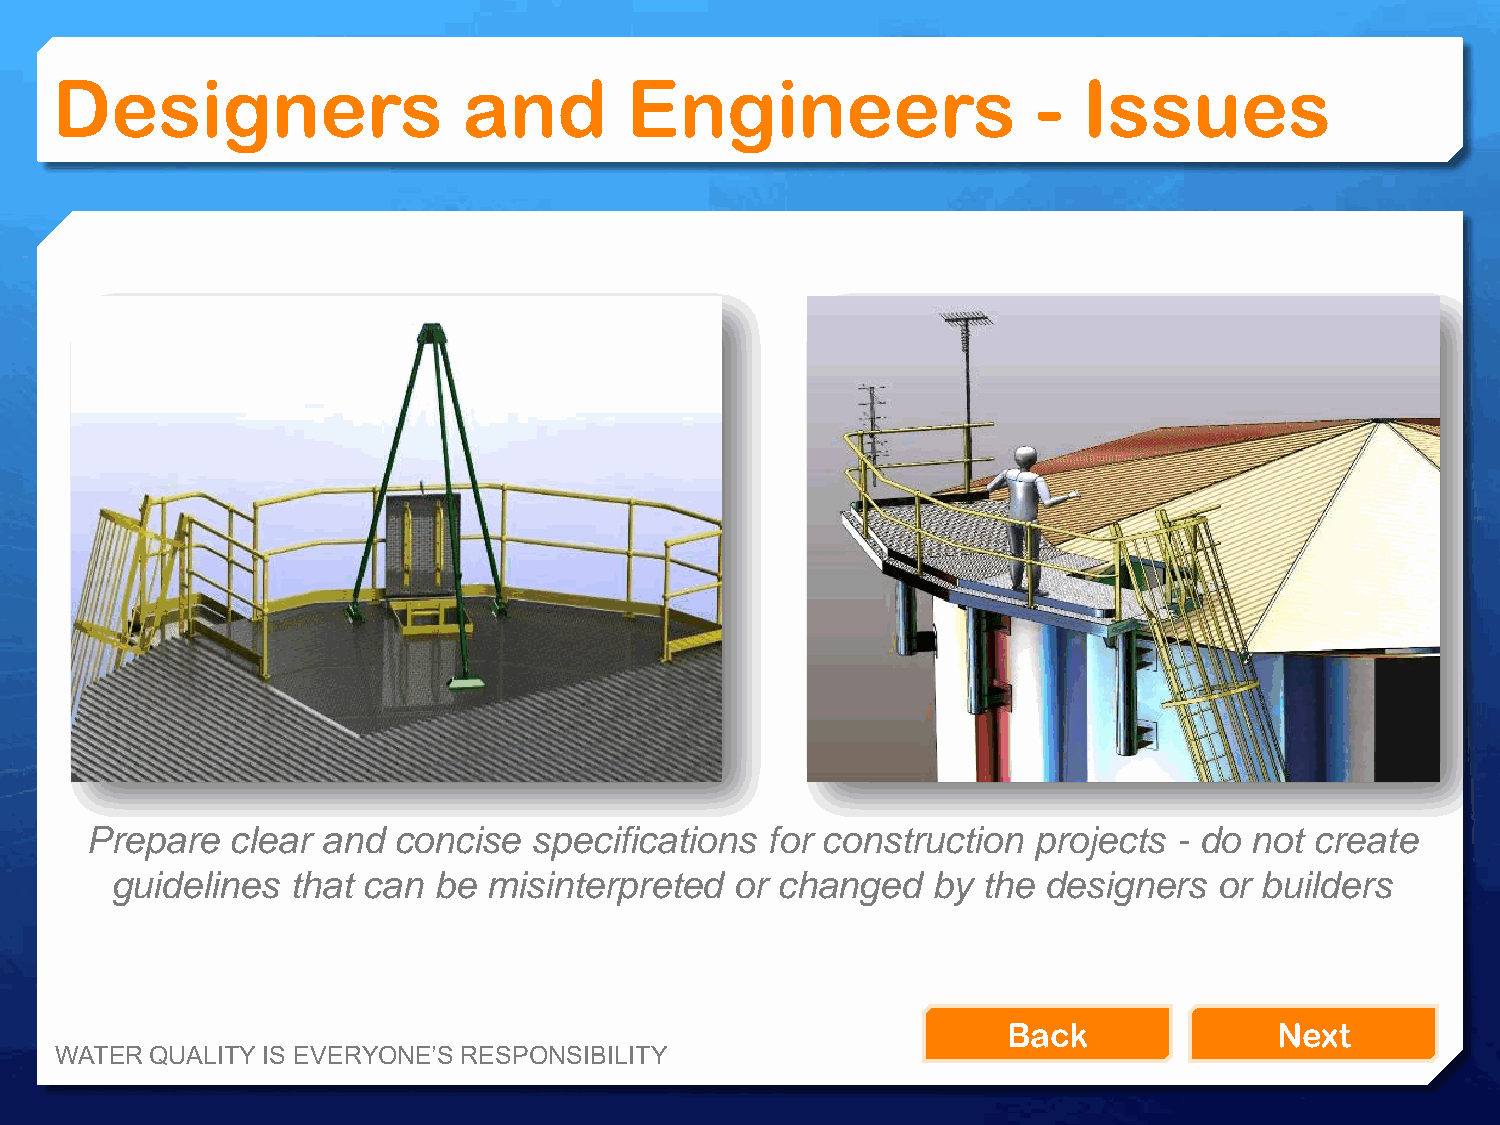
Designers                   and       Engineers                   -  Issues
 Prepare  clear and  concise  specifications  for construction projects  - do not create
 guidelines  that can  be misinterpreted   or changed   by the designers   or builders
 Back              Next
 WATER QUALITY IS EVERYONE’S RESPONSIBILITY